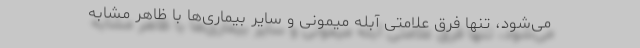
می‌شود، تنها فرق علامتی آبله میمونی و سایر بیماری‌ها با ظاهر مشابه